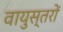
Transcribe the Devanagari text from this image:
वायुस्तरों